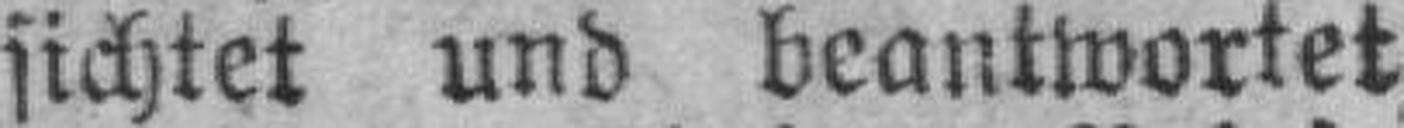
sichtet und beantwortet